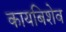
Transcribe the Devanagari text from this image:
कायबिशेव